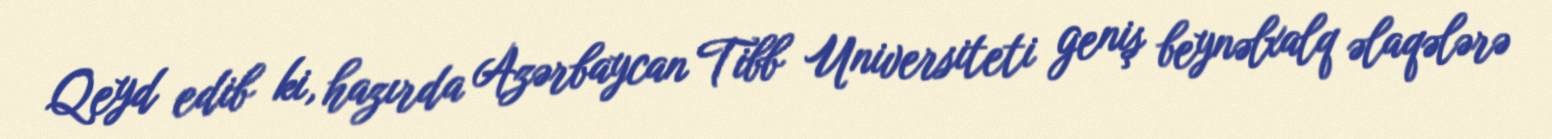
Qeyd edib ki, hazırda Azərbaycan Tibb Universiteti geniş beynəlxalq əlaqələrə